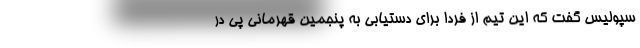
سپولیس گفت که این تیم از فردا برای دستیابی به پنجمین قهرمانی پی در